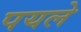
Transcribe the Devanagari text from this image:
पयले